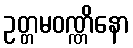
ဥတ္တမဝဏ္ဏိနော